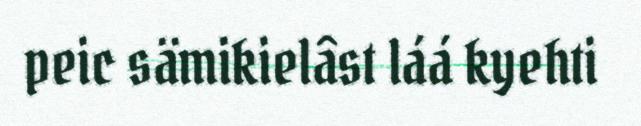
peic sämikielâst láá kyehti